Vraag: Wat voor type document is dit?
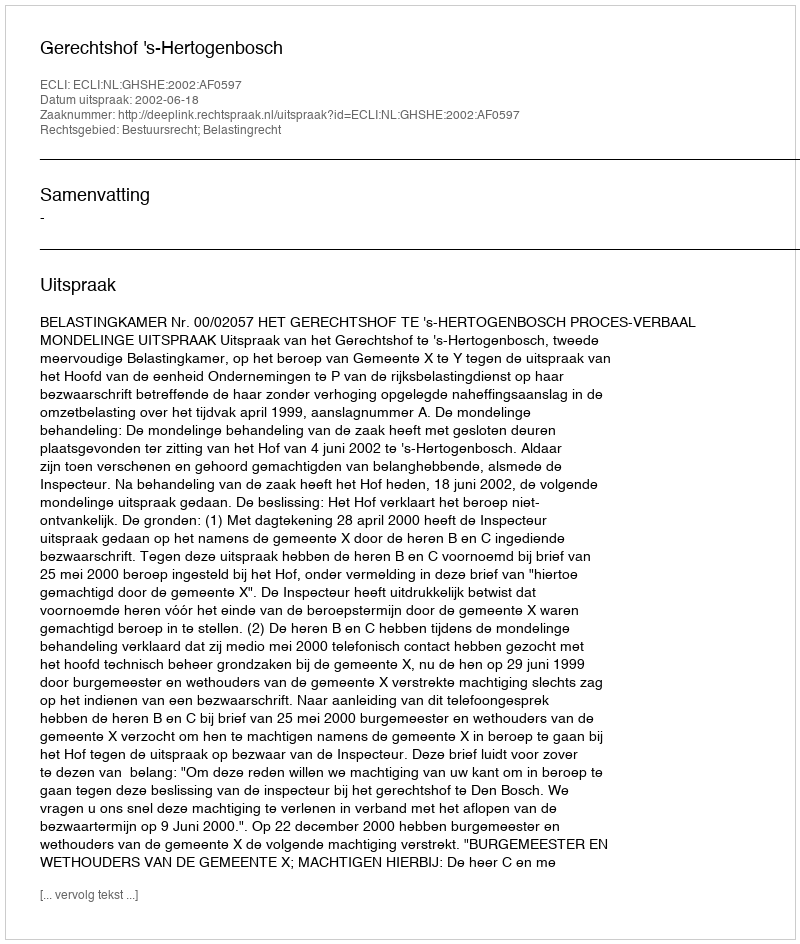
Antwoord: Uitspraak